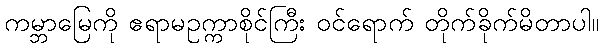
ကမ္ဘာမြေကို ဧရာမဥက္ကာစိုင်ကြီး ဝင်ရောက် တိုက်ခိုက်မိတာပါ။